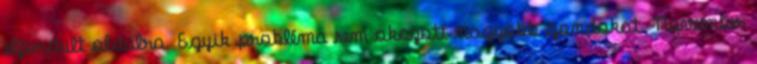
elfordult oldalra. Egyik probléma sem okozott nagyobb gondokat. November